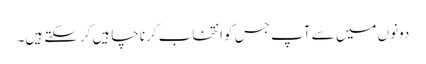
دونوں میں سے آپ جس کو انتخاب کرنا چاہیں کرسکتے ہیں۔